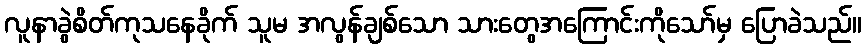
လူနာခွဲစိတ်ကုသနေခိုက် သူမ အလွန်ချစ်သော သားတွေအကြောင်းကိုသော်မှ ပြောခဲသည်။